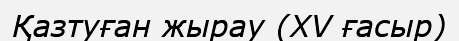
Қазтуған жырау (XV ғасыр)